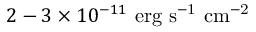
2 - 3 \times 1 0 ^ { - 1 1 } \mathrm { { \ e r g \ s ^ { - 1 } \ c m ^ { - 2 } } }